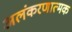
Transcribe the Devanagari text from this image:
अलंकरणात्मक